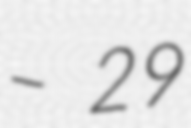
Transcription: – 29